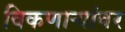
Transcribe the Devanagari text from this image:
विकणाऱ्यांवर